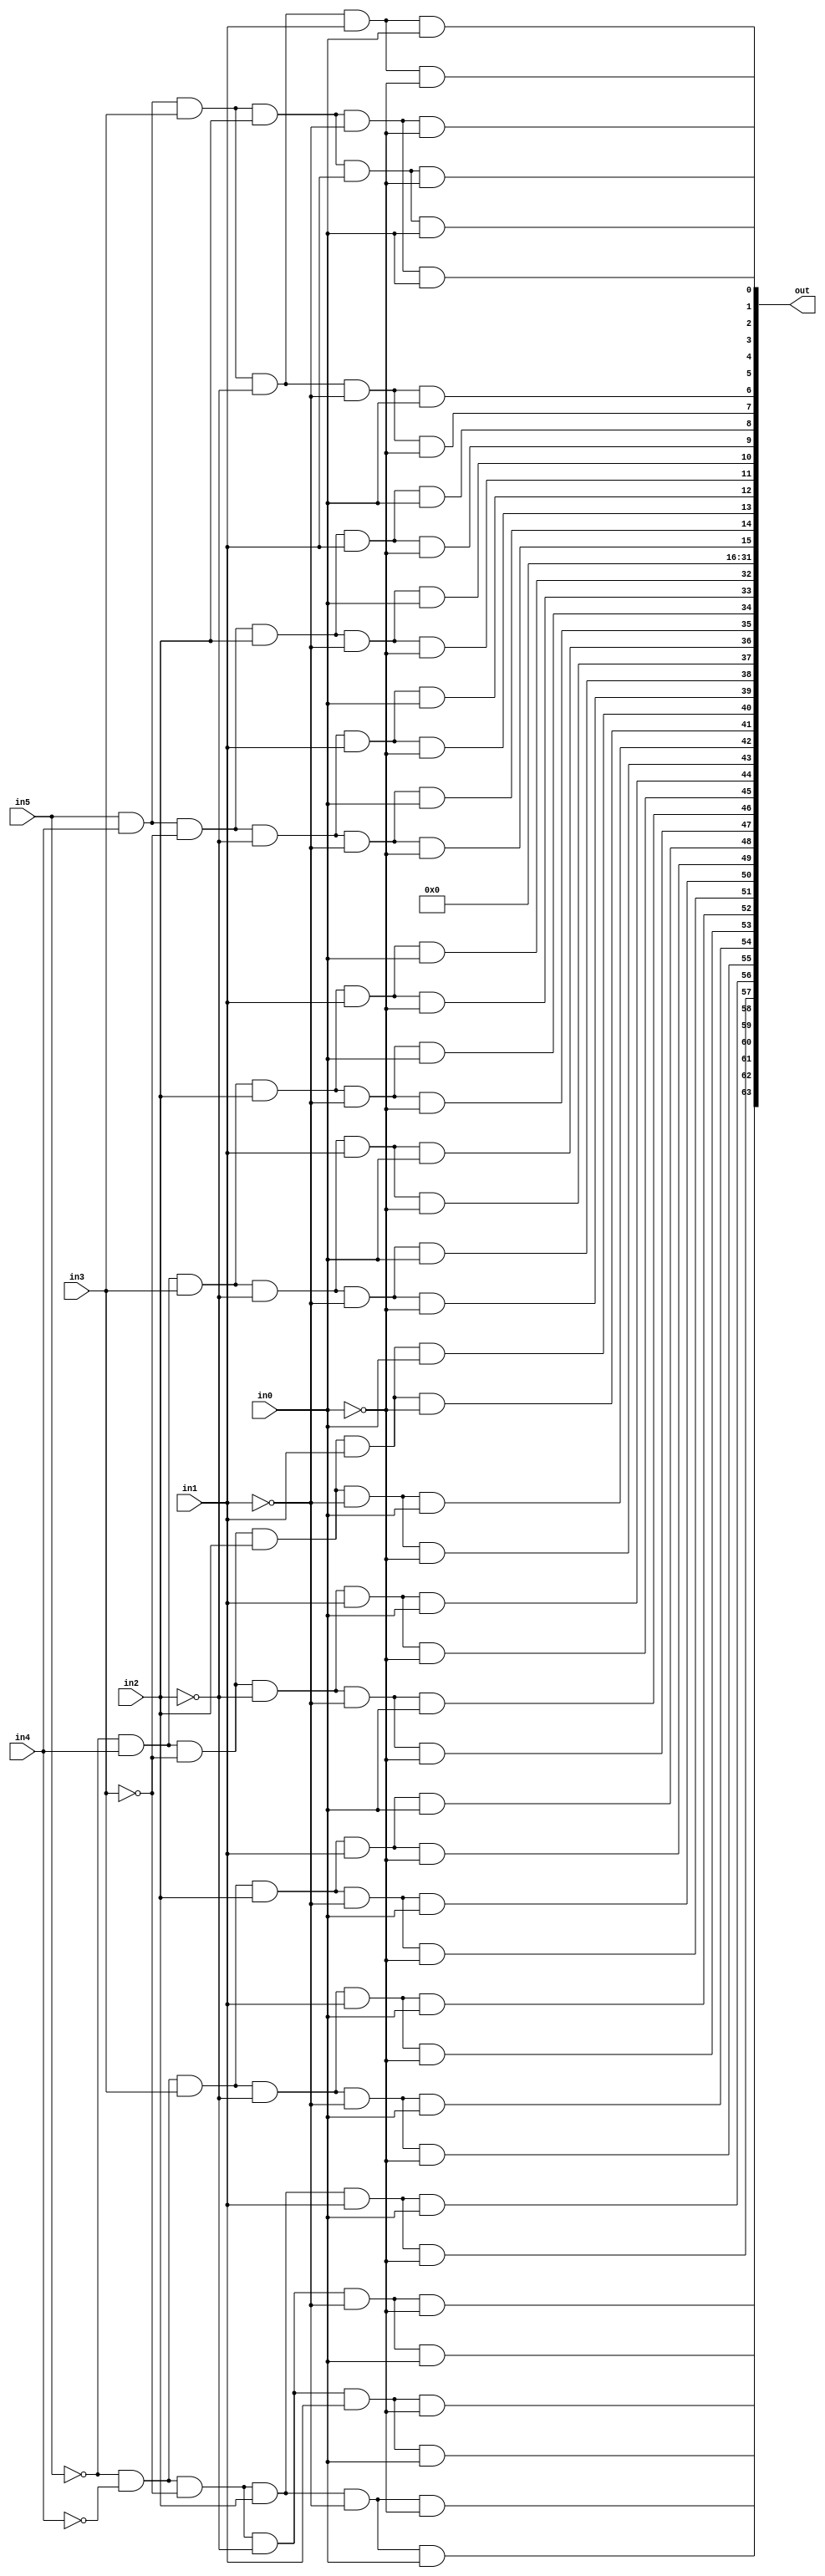
module decoder6x64 (in0, in1, in2, in3, in4, in5, out);
//with our six input wires, act like these are bits
    input in0, in1, in2, in3, in4, in5;
    wire nw0, nw1, nw2, nw3, nw4, nw5;
    output [63:00] out;

    //remember its (destination, input)
    not #1(nw0, in0);
    not #1(nw1, in1);
    not #1(nw2, in2);
    not #1(nw3, in3);
    not #1(nw4, in4);
    not #1(nw5, in5);

/*
The pattern works like binary, in a sense. Your not wires are setup such that
they can act like 0's or 1's (as long as its the same the whole way) it would account
for the 64 potential outputs that the decoder will output to the mux's
 */
//the pattern is 32, 16, 8, 4, 2, 1
//double check the 16 count column
and #4 (out[0], in5, in4, in3, in2, in1, in0);
and #4 (out[1], in5, in4, in3, in2, in1, nw0);
and #4 (out[2], in5, in4, in3, in2, nw1, in0);
and #4 (out[3], in5, in4, in3, in2, nw1, nw0);
and #4 (out[4], in5, in4, in3, nw2, in1, in0);
and #4 (out[5], in5, in4, in3, nw2, in1, nw0);
and #4 (out[6], in5, in4, in3, nw2, nw1, in0);
and #4 (out[7], in5, in4, in3, nw2, nw1, nw0);
and #4 (out[8], in5, in4, nw3, in2, in1, in0);
and #4 (out[9], in5, in4, nw3, in2, in1, nw0);
and #4 (out[10], in5, in4, nw3, in2, nw1, in0);
and #4 (out[11], in5, in4, nw3, in2, nw1, nw0);
and #4 (out[12], in5, in4, nw3, nw2, in1, in0);
and #4 (out[13], in5, in4, nw3, nw2, in1, nw0);
and #4 (out[14], in5, in4, nw3, nw2, nw1, in0);
and #4 (out[15], in5, in4, nw3, nw2, nw1, nw0);
and #4 (out[16], in4, nw4, in3, in2, in1, in0);
and #4 (out[17], in4, nw4, in3, in2, in1, nw0);
and #4 (out[18], in4, nw4, in3, in2, nw1, in0);
and #4 (out[19], in4, nw4, in3, in2, nw1, nw0);
and #4 (out[20], in4, nw4, in3, nw2, in1, in0);
and #4 (out[21], in4, nw4, in3, nw2, in1, nw0);
and #4 (out[22], in4, nw4, in3, nw2, nw1, in0);
and #4 (out[23], in4, nw4, in3, nw2, nw1, nw0);
and #4 (out[24], in4, nw4, nw3, in2, in1, in0);
and #4 (out[25], in4, nw4, nw3, in2, in1, nw0);
and #4 (out[26], in4, nw4, nw3, in2, nw1, in0);
and #4 (out[27], in4, nw4, nw3, in2, nw1, nw0);
and #4 (out[28], in4, nw4, nw3, nw2, in1, in0);
and #4 (out[29], in4, nw4, nw3, nw2, in1, nw0);
and #4 (out[30], in4, nw4, nw3, nw2, nw1, in0);
and #4 (out[31], in4, nw4, nw3, nw2, nw1, nw0);
and #4 (out[32], nw5, in4, in3, in2, in1, in0);
and #4 (out[33], nw5, in4, in3, in2, in1, nw0);
and #4 (out[34], nw5, in4, in3, in2, nw1, in0);
and #4 (out[35], nw5, in4, in3, in2, nw1, nw0);
and #4 (out[36], nw5, in4, in3, nw2, in1, in0);
and #4 (out[37], nw5, in4, in3, nw2, in1, nw0);
and #4 (out[38], nw5, in4, in3, nw2, nw1, in0);
and #4 (out[39], nw5, in4, in3, nw2, nw1, nw0);
and #4 (out[40], nw5, in4, nw3, in2, in1, in0);
and #4 (out[41], nw5, in4, nw3, in2, in1, nw0);
and #4 (out[42], nw5, in4, nw3, in2, nw1, in0);
and #4 (out[43], nw5, in4, nw3, in2, nw1, nw0);
and #4 (out[44], nw5, in4, nw3, nw2, in1, in0);
and #4 (out[45], nw5, in4, nw3, nw2, in1, nw0);
and #4 (out[46], nw5, in4, nw3, nw2, nw1, in0);
and #4 (out[47], nw5, in4, nw3, nw2, nw1, nw0);
and #4 (out[48], nw5, nw4, in3, in2, in1, in0);
and #4 (out[49], nw5, nw4, in3, in2, in1, nw0);
and #4 (out[50], nw5, nw4, in3, in2, nw1, in0);
and #4 (out[51], nw5, nw4, in3, in2, nw1, nw0);
and #4 (out[52], nw5, nw4, in3, nw2, in1, in0);
and #4 (out[53], nw5, nw4, in3, nw2, in1, nw0);
and #4 (out[54], nw5, nw4, in3, nw2, nw1, in0);
and #4 (out[55], nw5, nw4, in3, nw2, nw1, nw0);
and #4 (out[56], nw5, nw4, nw3, in2, in1, in0);
and #4 (out[57], nw5, nw4, nw3, in2, in1, nw0);
and #4 (out[58], nw5, nw4, nw3, in2, nw1, in0);
and #4 (out[59], nw5, nw4, nw3, in2, nw1, nw0);
and #4 (out[60], nw5, nw4, nw3, nw2, in1, in0);
and #4 (out[61], nw5, nw4, nw3, nw2, in1, nw0);
and #4 (out[62], nw5, nw4, nw3, nw2, nw1, in0);
and #4 (out[63], nw5, nw4, nw3, nw2, nw1, nw0);
endmodule // decoder6x64